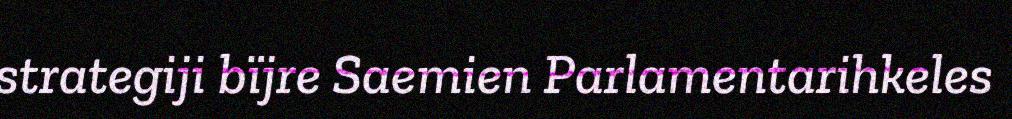
strategiji bïjre Saemien Parlamentarihkeles